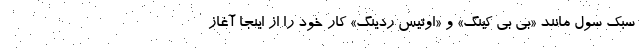
سبک سول مانند «بی بی کینگ» و «اوتیس ردینگ» کار خود را از اینجا آغاز